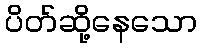
ပိတ်ဆို့နေသော